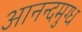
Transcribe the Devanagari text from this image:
आनन्दमुग्ध